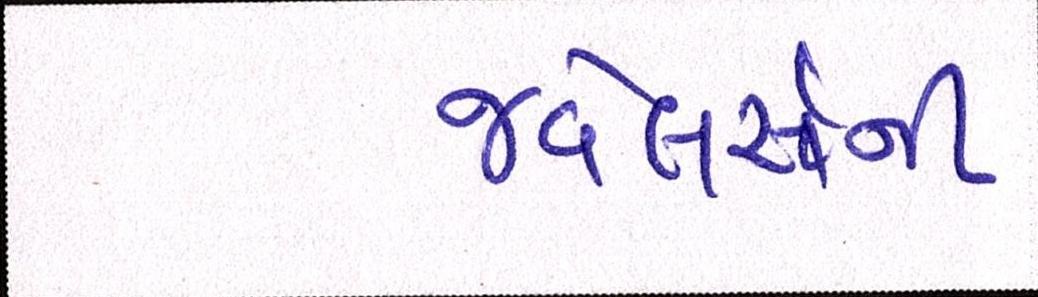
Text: જ્વેલર્સની